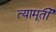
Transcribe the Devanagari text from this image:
त्यामूर्ती